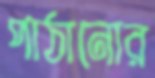
পাঠানোর